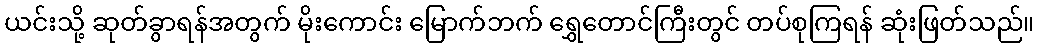
ယင်းသို့ ဆုတ်ခွာရန်အတွက် မိုးကောင်း မြောက်ဘက် ရွှေတောင်ကြီးတွင် တပ်စုကြရန် ဆုံးဖြတ်သည်။